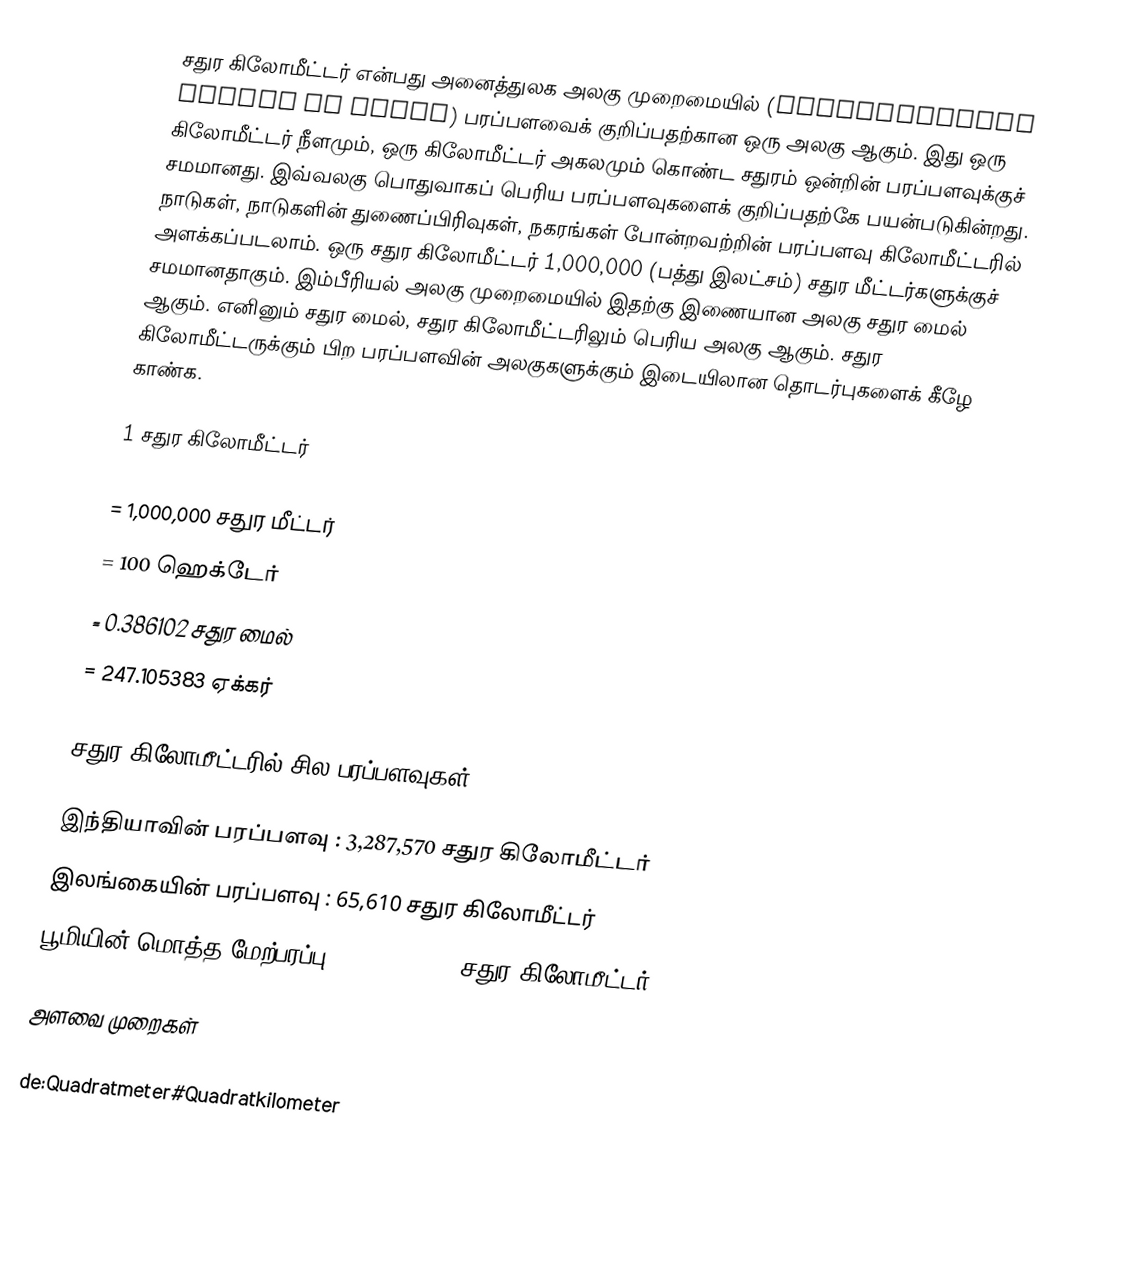
சதுர கிலோமீட்டர் என்பது அனைத்துலக அலகு முறைமையில் (International System of Units) பரப்பளவைக் குறிப்பதற்கான ஒரு அலகு ஆகும். இது ஒரு கிலோமீட்டர் நீளமும், ஒரு கிலோமீட்டர் அகலமும் கொண்ட சதுரம் ஒன்றின் பரப்பளவுக்குச் சமமானது. இவ்வலகு பொதுவாகப் பெரிய பரப்பளவுகளைக் குறிப்பதற்கே பயன்படுகின்றது. நாடுகள், நாடுகளின் துணைப்பிரிவுகள், நகரங்கள் போன்றவற்றின் பரப்பளவு கிலோமீட்டரில் அளக்கப்படலாம். ஒரு சதுர கிலோமீட்டர் 1,000,000 (பத்து இலட்சம்) சதுர மீட்டர்களுக்குச் சமமானதாகும். இம்பீரியல் அலகு முறைமையில் இதற்கு இணையான அலகு சதுர மைல் ஆகும். எனினும் சதுர மைல், சதுர கிலோமீட்டரிலும் பெரிய அலகு ஆகும். சதுர கிலோமீட்டருக்கும் பிற பரப்பளவின் அலகுகளுக்கும் இடையிலான தொடர்புகளைக் கீழே காண்க.

 1 சதுர கிலோமீட்டர்

 = 1,000,000 சதுர மீட்டர்
 = 100 ஹெக்டேர்
 = 0.386102 சதுர மைல்
 = 247.105383 ஏக்கர்

சதுர கிலோமீட்டரில் சில பரப்பளவுகள்

 இந்தியாவின் பரப்பளவு : 3,287,570 சதுர கிலோமீட்டர்
 இலங்கையின் பரப்பளவு : 65,610 சதுர கிலோமீட்டர்
 பூமியின் மொத்த மேற்பரப்பு : 509,600,000 சதுர கிலோமீட்டர்

அளவை முறைகள்

de:Quadratmeter#Quadratkilometer